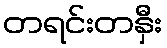
တရင်းတနှီး